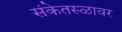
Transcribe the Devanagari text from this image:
संकेतस्ळावर